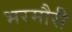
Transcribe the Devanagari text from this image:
भरमौरी